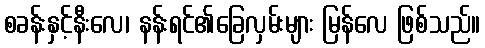
စခန်းနှင့်နီးလေ၊ နန်းရင်၏ခြေလှမ်းများ မြန်လေ ဖြစ်သည်။